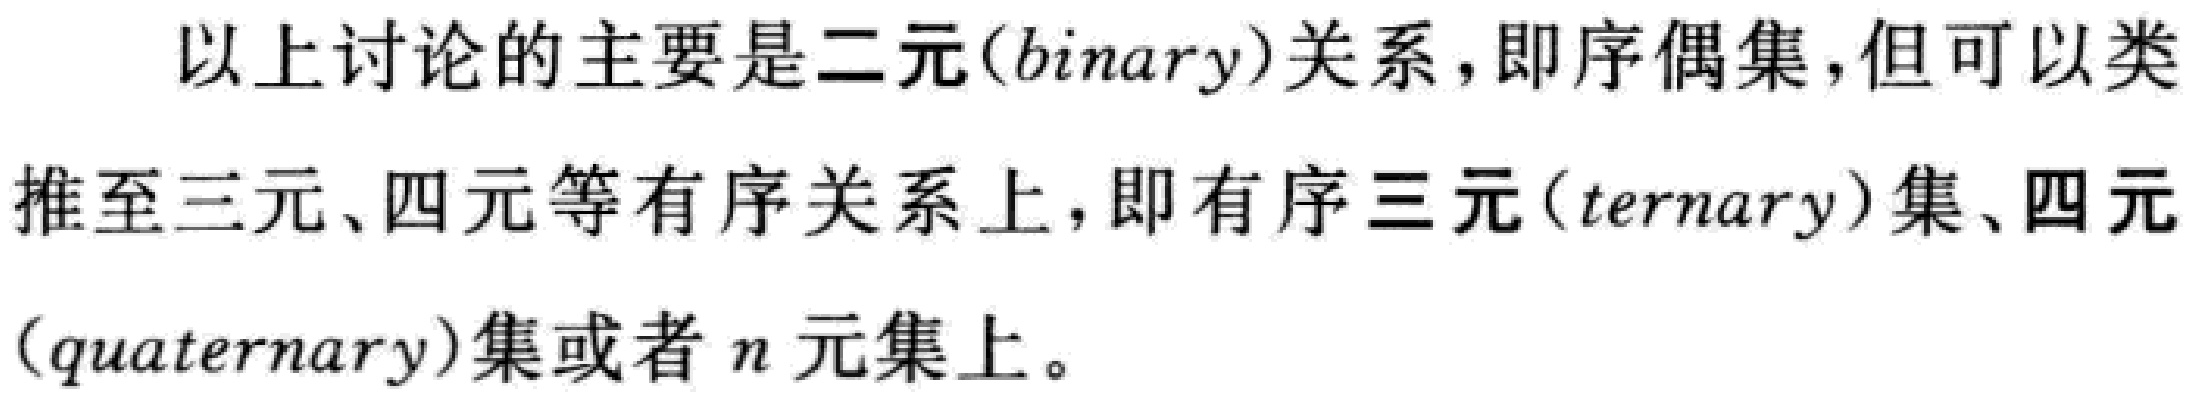
以上讨论的主要是二元(binary)关系，即序偶集，但可以类推至三元、四元等有序关系上，即有序三元(ternary)集、四元(quaternary)集或者\(n\)元集上。